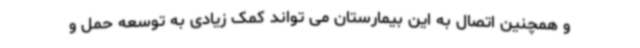
و همچنین اتصال به این بیمارستان می تواند کمک زیادی به توسعه حمل و